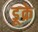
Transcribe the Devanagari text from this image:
डूक्रे